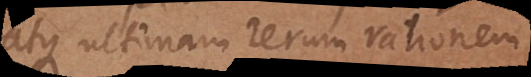
atque ultimam rerum rationem,